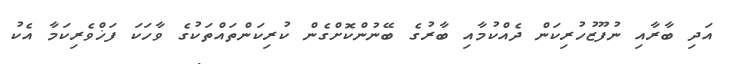
އަދި ބާރާއި ނުފޫޒުހުރިކަން ދެއްކުމާއި ބާރުގެ ބޭނުންކޮށްގެން ކުރިކަންތައްތަކުގެ ވާހަކަ ފަޚްވެރިކަމާ އެކު